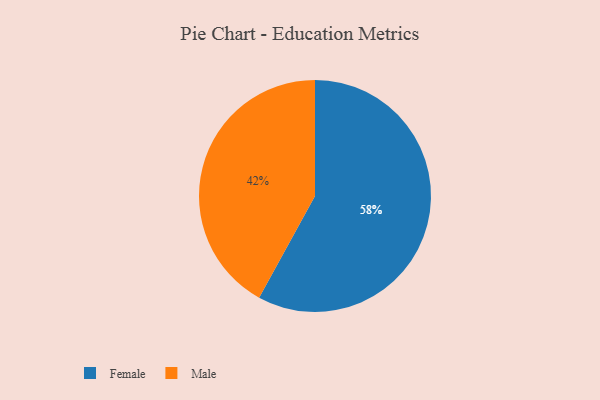
{"axis": {"x": "Category", "y": "Percentage"}, "legend": ["Female", "Male"], "data": [{"x": "Male", "y": 42, "type": "Male"}, {"x": "Female", "y": 58, "type": "Female"}]}